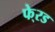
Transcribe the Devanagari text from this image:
फे्रड